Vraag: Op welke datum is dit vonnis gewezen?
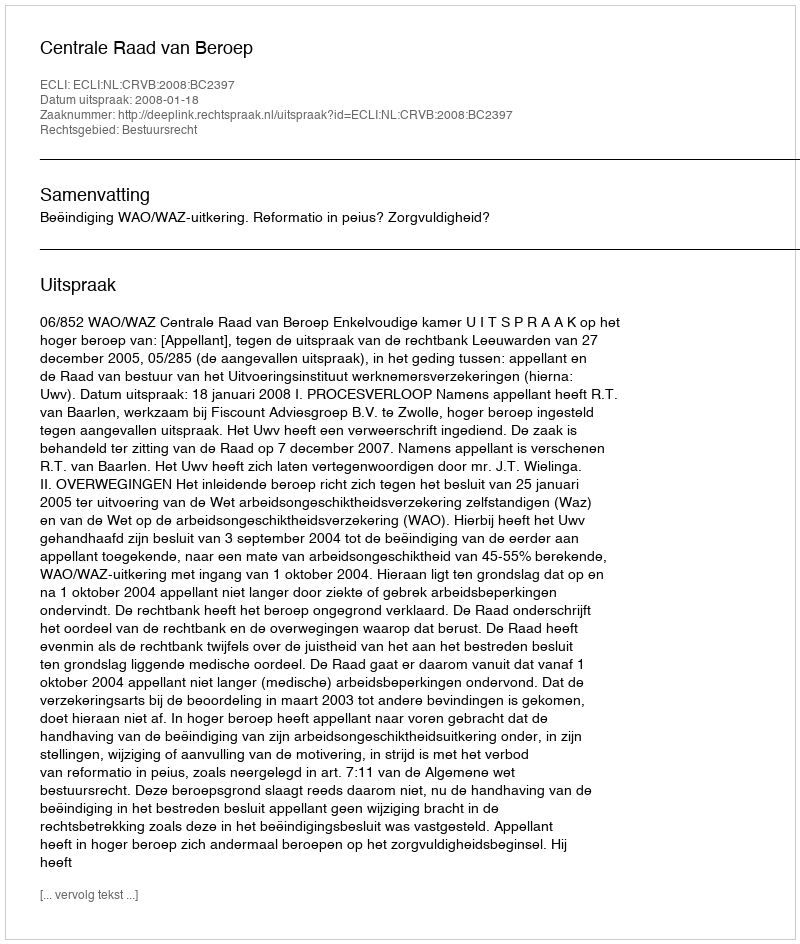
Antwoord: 2008-01-18